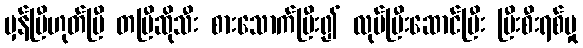
မှန်ပြီဟုတ်ပြီ တပြီဆိုသီး စားသောက်ပြီး၍ လုပ်ပြီးဆောင်ပြီး ပြီးစီးရစ်မှု